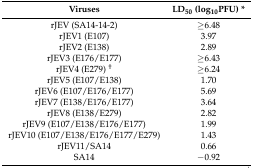
<table><thead><tr><td colspan="2"><b>Viruses</b></td><td><b>LD<sub>50</sub> (log<sub>10</sub>PFU) *</b></td></tr></thead><tbody><tr><td>rJEV (SA14-14-2)</td><td colspan="2">≥6.48</td></tr><tr><td>rJEV1 (E107)</td><td colspan="2">3.97</td></tr><tr><td>rJEV2 (E138)</td><td colspan="2">2.89</td></tr><tr><td>rJEV3 (E176/E177)</td><td colspan="2">≥6.43</td></tr><tr><td>rJEV4 (E279) <sup>†</sup></td><td colspan="2">≥6.24</td></tr><tr><td>rJEV5 (E107/E138)</td><td colspan="2">1.70</td></tr><tr><td>rJEV6 (E107/E176/E177)</td><td colspan="2">5.69</td></tr><tr><td>rJEV7 (E138/E176/E177)</td><td colspan="2">3.64</td></tr><tr><td>rJEV8 (E138/E279)</td><td colspan="2">2.82</td></tr><tr><td>rJEV9 (E107/E138/E176/E177)</td><td colspan="2">1.99</td></tr><tr><td>rJEV10 (E107/E138/E176/E177/E279)</td><td colspan="2">1.43</td></tr><tr><td>rJEV11/SA14</td><td colspan="2">0.66</td></tr><tr><td>SA14</td><td colspan="2">−0.92</td></tr></tbody></table>